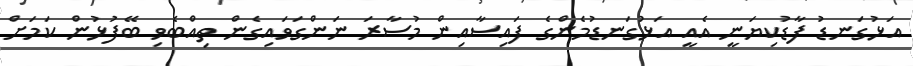
އަޅުގަނޑު ފާޑުކިޔަނީ އެއީ އަޅުގަނޑުމެންގެ ފައިސާއިން މުސާރަ ނަންގަވައިގެން ތިއްބެވި ބޭފުޅުން ކަމަށް